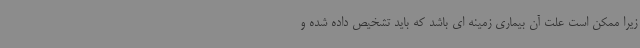
زیرا ممکن است علت آن بیماری زمینه ای باشد که باید تشخیص داده شده و